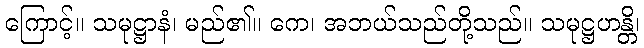
ကြောင့်။ သမုဋ္ဌာနံ၊ မည်၏။ ကေ၊ အဘယ်သည်တို့သည်။ သမုဋ္ဌဟန္တိ၊